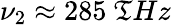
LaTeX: \nu_{2}\approx285~\mathfrak{T}Hz